Vaccination in the Punjab 1905-1918 - 1905-1918
Year: 1905
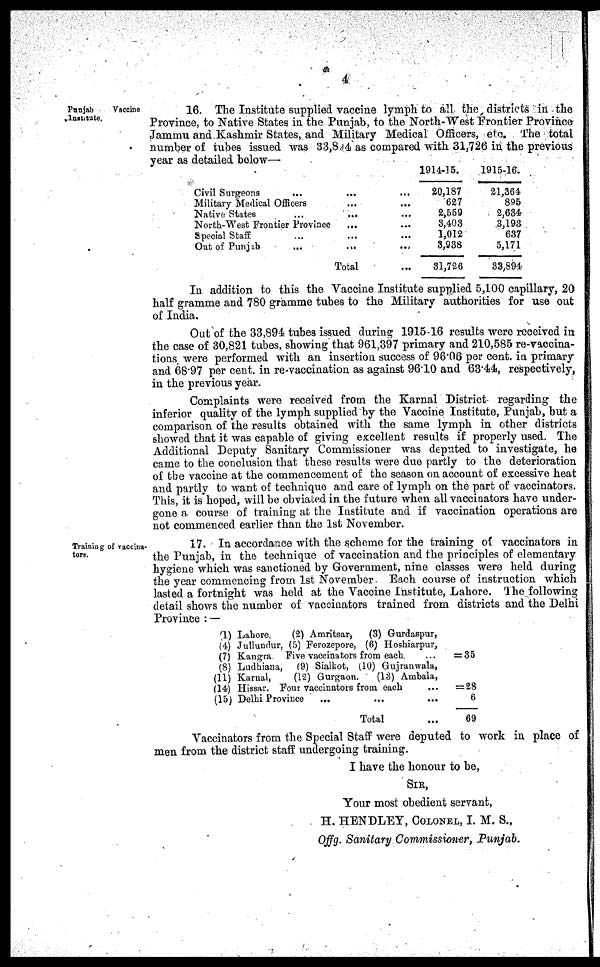
4
Punjab
Vaccine
Institute.
16. The Institute supplied vaccine lymph to all the districts in the
Province, to Native States in the Punjab, to the North-West Frontier Province
Jammu and Kashmir States, and Military Medical Officers, etc. The total
number of tubes issued was 33,894 as compared with 31,726 in the previous
year as detailed below—
Civil Surgeons ...
Military Medical Officers
Native States ...
North-West Frontier Province
Special Staff ...
Out of Punjab
...
...
...
...
...
...
...
Total
1914-15.
... 20,187
... 627
... 2,559
... 8,403
... 1,012
... 8,938
... 31,726
1915-16.
21,364
895
2,684
3,193
637
5,171
33,894
In addition to this the Vaccine Institute supplied 5,100 capillary, 20
half gramme and 780 gramme tubes to the Military authorities for use out
of India.
Out of the 33,894 tubes issued during 1915-16 results were received in
the case of 30,821 tubes, showing that 961,397 primary and 210,585 re-vaccina-
tions were performed with an insertion success of 96.06 per cent. in primary
and 68.97 per cent. in re-vaccination as against 96.10 and 63.44, respectively,
in the previous year.
Complaints were received from the Karnal District regarding the
inferior quality of the lymph supplied by the Vaccine Institute, Punjab, but a
comparison of the results obtained with the same lymph in other districts
showed that it was capable of giving excellent results if properly used. The
Additional Deputy Sanitary Commissioner was deputed to investigate, he
came to the conclusion that these results were due partly to the deterioration
of the vaccine at the commencement of the season on account of excessive heat
and partly to want of technique and care of lymph on the part of vaccinators.
This, it is hoped, will be obviated in the future when all vaccinators have under-
gone a course of training at the Institute and if vaccination operations are
not commenced earlier than the 1st November.
Training of vaccina-
tors.
17. In accordance with the scheme for the training of vaccinators in
the Punjab, in the technique of vaccination and the principles of elementary
hygiene which was sanctioned by Government, nine classes were held during
the year commencing from 1st November Each course of instruction which
lasted a fortnight was held at the Vaccine Institute, Lahore. The following
detail shows the number of vaccinators trained from districts and the Delhi
Province : —
(1) Lahore,
(2) Amritsar,
(3) Gurdaspur,
(4) Jullundur, (5) Ferozepore, (6) Hoshiarpur,
(7) Kangra
Five vaccinators from each
(8) Ludhiana,
(9) Sialkot, (10) Gujranwala,
(11) Karnal,
(12) Gurgaon,
(13) Ambala,
(14) Hissar. Four vaccinators from each
(15) Delhi Province
... ... ...
Total ...
= 35
= 28
6
69
Vaccinators from the Special Staff were deputed to work in place of
men from the district staff undergoing training.
I have the honour to be,
SIR,
Your most obedient servant,
H. HENDLEY, COLONEL, I. M. S.,
Offg. Sanitary Commissioner, Punjab.